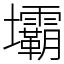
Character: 壩